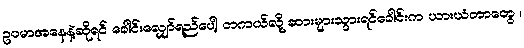
ဥပမာအနေနဲ့ဆိုရင် ခေါင်းလျှော်ရည်ပေါ့ တကယ်လို့ ဆားများသွားရင်ခေါင်းက ယားယံတာတွေ ၊